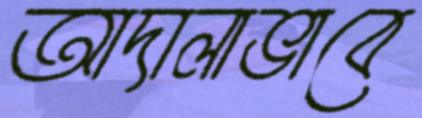
আদালাভাবে